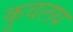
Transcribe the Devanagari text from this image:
कुवलय